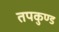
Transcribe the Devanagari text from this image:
तपकुण्ड